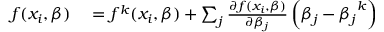
\begin{array} { r l } { f ( x _ { i } , { \boldsymbol { \beta } } ) } & { { } = f ^ { k } ( x _ { i } , { \boldsymbol { \beta } } ) + \sum _ { j } { \frac { \partial f ( x _ { i } , { \boldsymbol { \beta } } ) } { \partial \beta _ { j } } } \left( \beta _ { j } - { \beta _ { j } } ^ { k } \right) } \end{array}